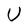
Character: U